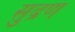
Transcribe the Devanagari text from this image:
सुद्रण